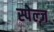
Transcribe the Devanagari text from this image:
स्पेल्ज़